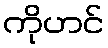
ကိုဟင်